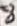
Text: 8